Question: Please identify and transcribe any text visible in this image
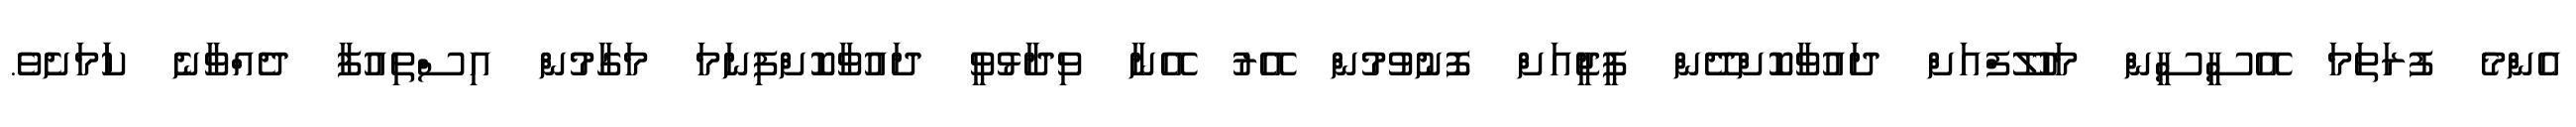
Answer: އެންމެ ފުރަތަމަ އޭސީސީން މަހުލޫފްއަށް ދައުވާކޮށްދޭން ޕީޖީއަށް ފޮނުވުމުން އޭރު އޭނާ ވިދާޅުވީ ދައުވާކޮށްފިނަމަ މަގާމުން އިސްތިއުފާ ދެއްވާނެ ކަަމަށެވެ.